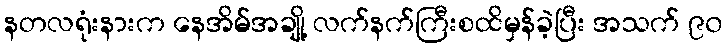
နတလရုံးနားက နေအိမ်အချို့ လက်နက်ကြီးစထိမှန်ခဲ့ပြီး အသက် ၉၀